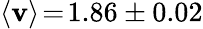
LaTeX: \langle\mathbf{v}\rangle\! =\! 1.86\pm0.02